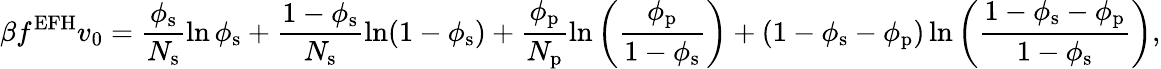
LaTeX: \beta f^{\mathrm{EFH}}v_{0}=\frac{\phi_{\mathrm{s}}}{N_{\mathrm{s}}}\ln\phi_{\mathrm{s}}+\frac{1-\phi_{\mathrm{s}}}{N_{\mathrm{s}}}\ln(1-\phi_{\mathrm{s}})+\frac{\phi_{\mathrm{p}}}{N_{\mathrm{p}}}\ln\left(\frac{\phi_{\mathrm{p}}}{1-\phi_{\mathrm{s}}}\right)+(1-\phi_{\mathrm{s}}-\phi_{\mathrm{p}})\ln\left(\frac{1-\phi_{\mathrm{s}}-\phi_{\mathrm{p}}}{1-\phi_{\mathrm{s}}}\right),